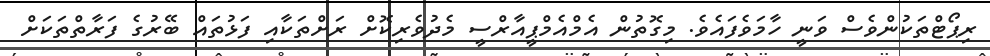
ރިޕޯޓްތަކުންވެސް ވަނީ ހާމަވެފައެވެ. މިގޮތުން އެމްއެމްޕީއާރްސީ މެދުވެރިކޮށް ރަށްތަކާއި ފަޅުތައް ބޭރުގެ ފަރާތްތަކަށް